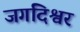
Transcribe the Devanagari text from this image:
जगदिश्वर